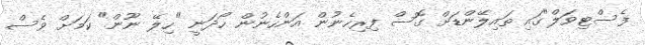
ފެސްޓިވަލް"ގައި ތައިލޭންޑަށް ގޮސް ފިރިހެނުން އަންހެނުން ހޯދަނީ "ހިލޭ ނޫން" ކަމަށް ވެސް